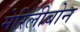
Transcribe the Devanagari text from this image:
मेरिलीबोन